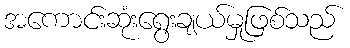
အကောင်းဆုံးရွေးချယ်မှုဖြစ်သည်